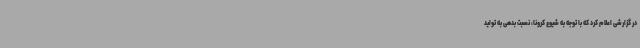
در گزارشی اعلام کرد که با توجه به شیوع کرونا، نسبت بدهی به تولید